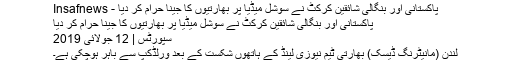
پاکستانی اور بنگالی شائقین کرکٹ نے سوشل میڈیا پر بھارتیوں کا جینا حرام کر دیا - Insafnews
پاکستانی اور بنگالی شائقین کرکٹ نے سوشل میڈیا پر بھارتیوں کا جینا حرام کر دیا
سپورٹس | 12 جولائی 2019
لندن (مانیٹرنگ ڈیسک) بھارتی ٹیم نیوزی لینڈ کے ہاتھوں شکست کے بعد ورلڈکپ سے باہر ہوچکی ہے۔